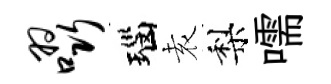
啜瑙𡊮梨嚅